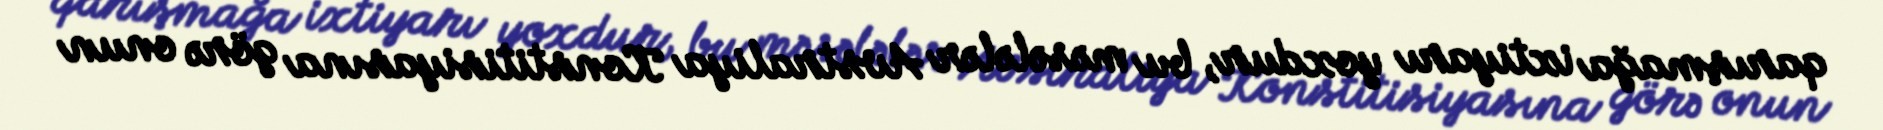
qarışmağa ixtiyarı yoxdur, bu məsələlər Avstraliya Konstitisiyasına görə onun